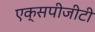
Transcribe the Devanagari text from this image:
एक्सपीजीटी